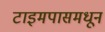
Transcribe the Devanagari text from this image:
टाइमपासमधून